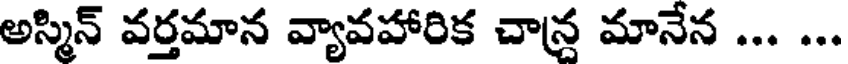
అస్మిన్ వర్తమాన వ్యావహారిక చాన్ర మానేన ... ...